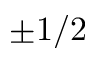
\pm 1 / 2